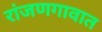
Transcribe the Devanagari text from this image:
रांजणगावात